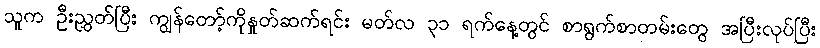
သူက ဦးညွှတ်ပြီး ကျွန်တော့်ကိုနှုတ်ဆက်ရင်း မတ်လ ၃၁ ရက်နေ့တွင် စာရွက်စာတမ်းတွေ အပြီးလုပ်ပြီး